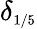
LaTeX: \delta_{\scriptscriptstyle{1/5}}